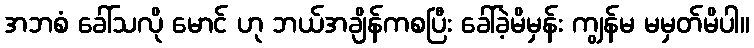
အဘစံ ခေါ်သလို မောင် ဟု ဘယ်အချိန်ကစပြီး ခေါ်ခဲ့မိမှန်း ကျွန်မ မမှတ်မိပါ။